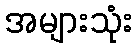
အများသုံး